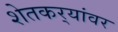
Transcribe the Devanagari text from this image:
शेतकर्‍यांवर